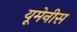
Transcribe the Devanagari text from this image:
यूमेनीस